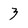
Character: 3